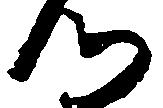
つ